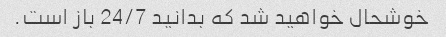
خوشحال خواهید شد که بدانید 24/7 باز است.